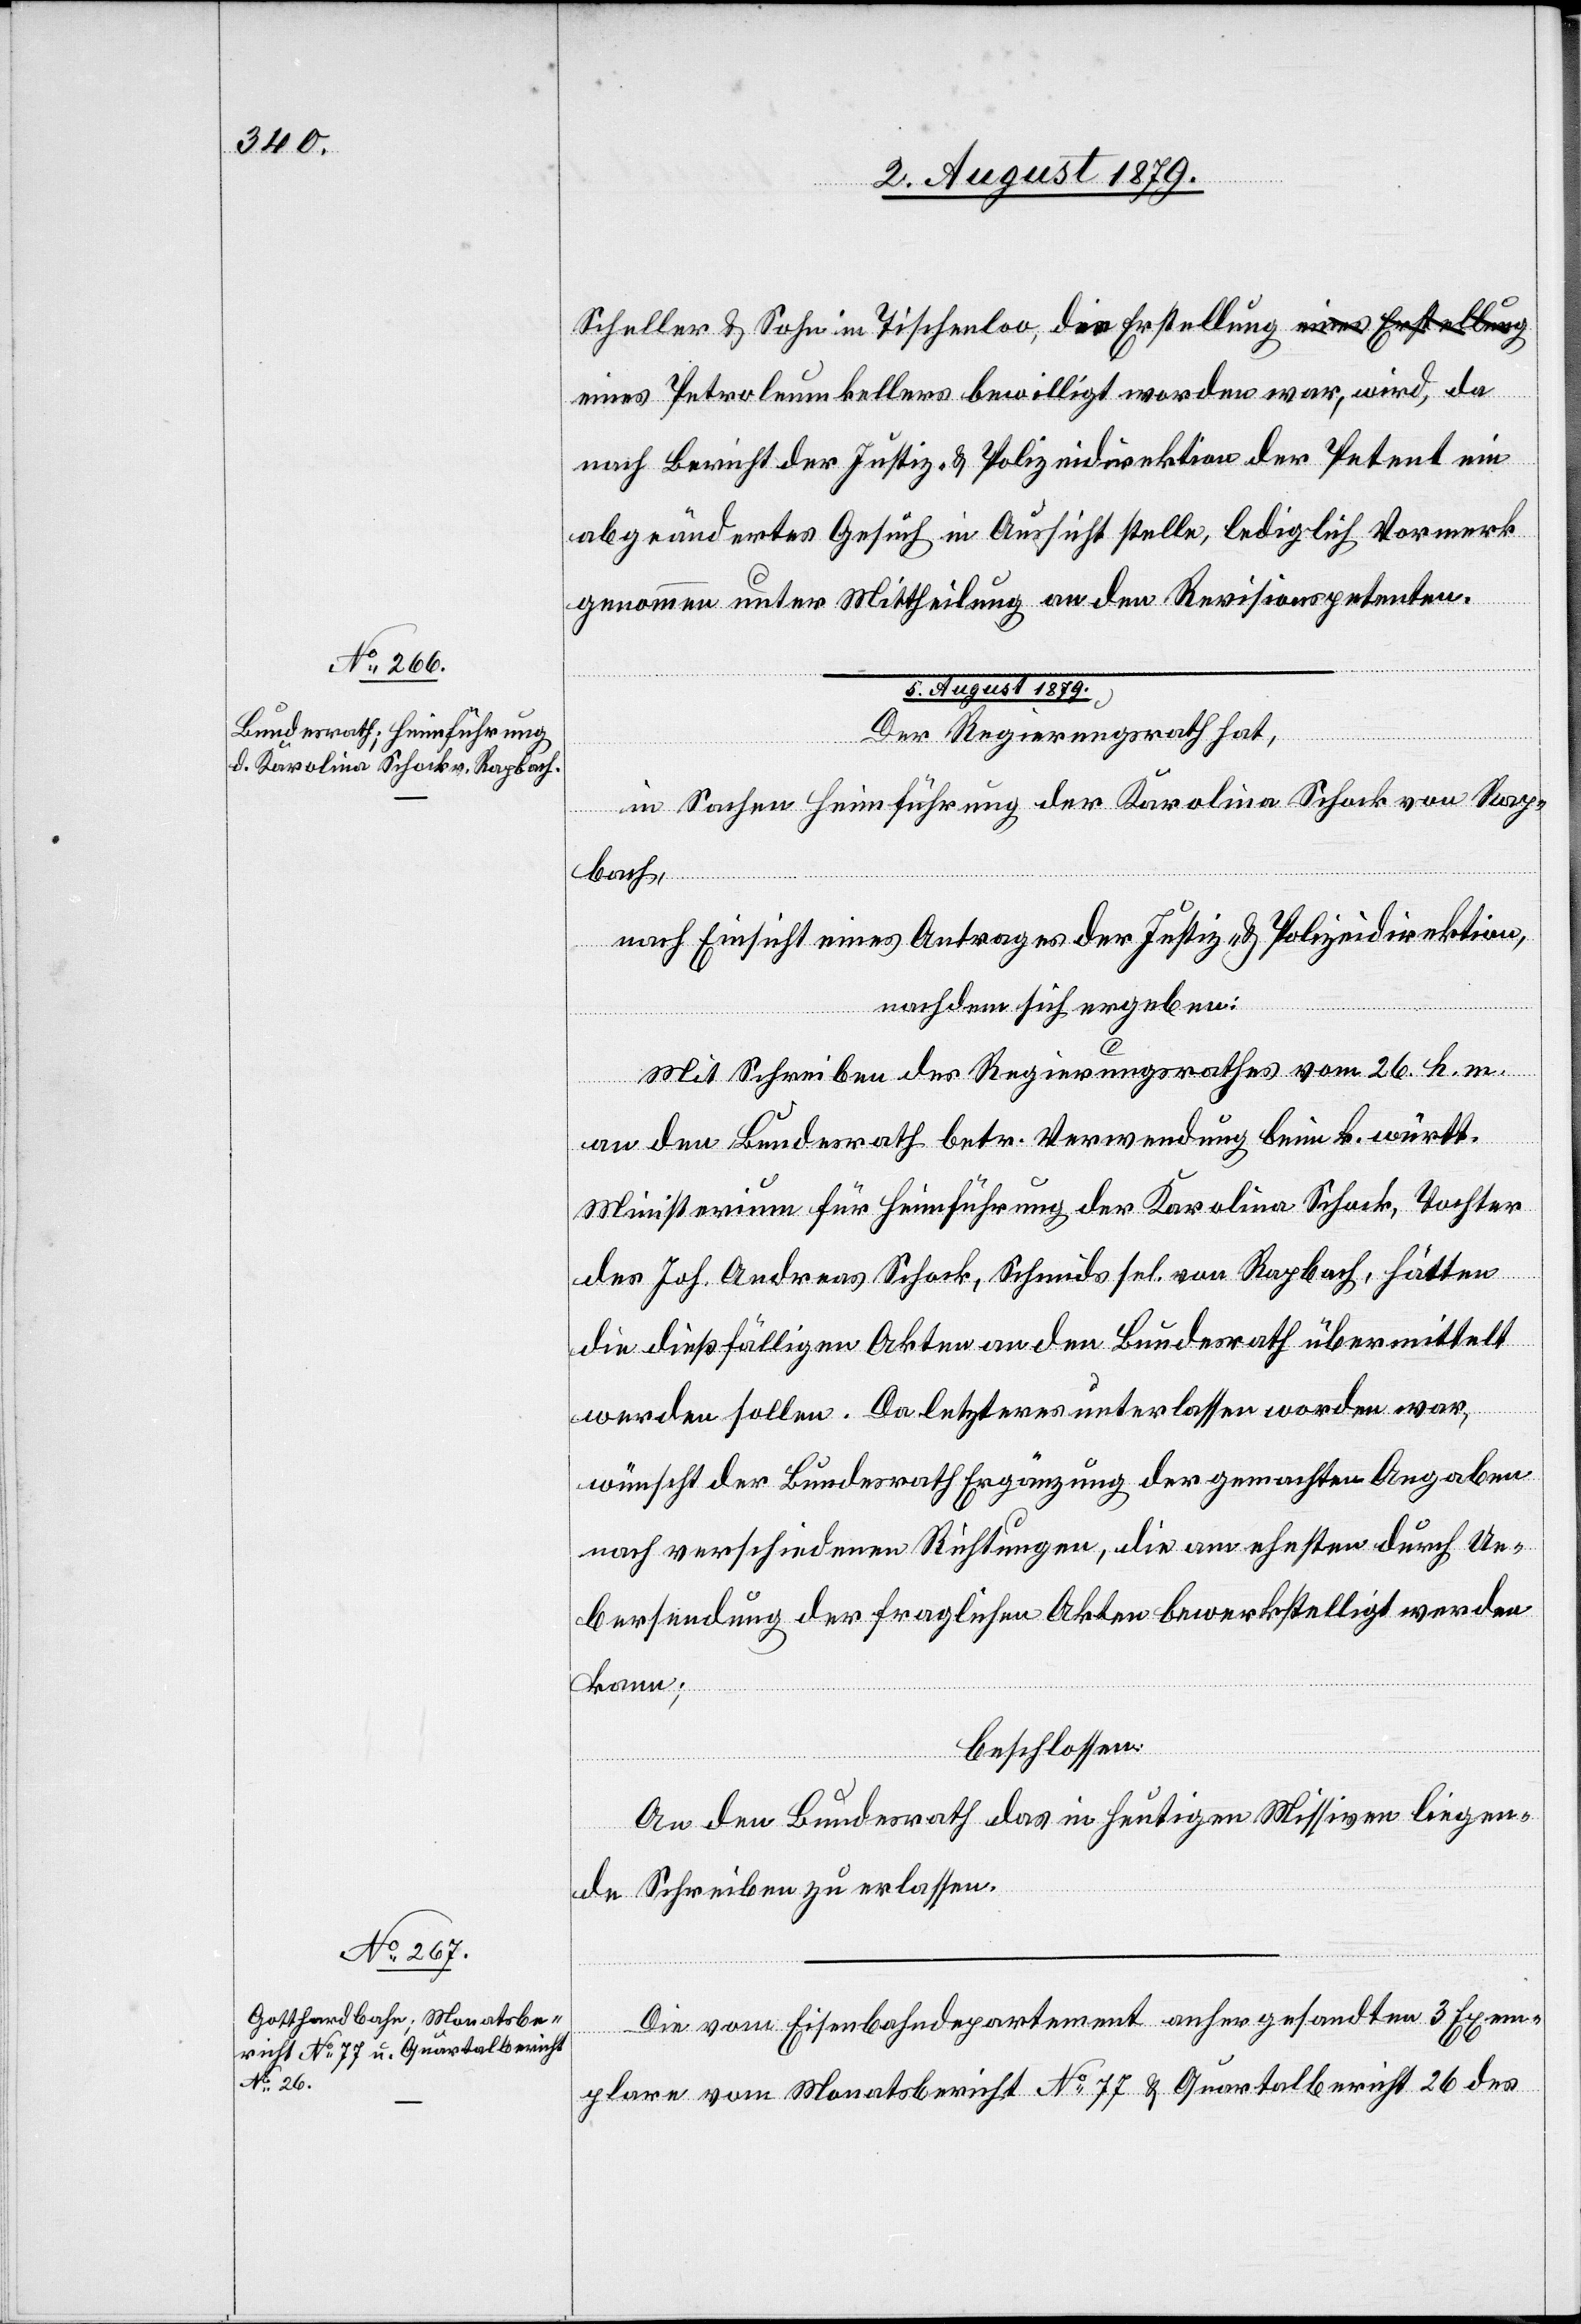
Scheller & Sohn in Tischenloo, die Erstellung eines Petroleu¬
nach Bericht der Justiz- & Polizeidirektion der Petent ein
abgeändertes Gesuch in Aussicht stelle, lediglich Vormerk
genommen unter Mittheilung an den Revisionspetenten.
5. August 1879.]
Der Regierungsrath hat,
in Sachen Heimführung der Karolina Schock von Rap¬
bach,
nach Einsicht eines Antrages der Justiz- & Polizeidirektion,
nachdem sich ergeben:
Mit Schreiben des Regierungsrathes vom 26. h. m.
an den Bundesrath betr. Verwendung beim k. württ.
Ministerium für Heimführung der Karolina Schock, Tochter
des Joh. Andreas Schock, Schmids sel. von Rapbach, hätten
die dießfälligen Akten an den Bundesrath übermittelt
werden sollen. Da letzteres unterlassen worden war,
wünscht der Bundesrath Ergänzung der gemachten Angaben
nach verschiedenen Richtungen, die am ehesten durch Ue¬
bersendung der fraglichen Akten bewerkstelligt werden
da
kann;
beschlossen:
An den Bundesrath das in heutigen Missiven liegen¬
de Schreiben zu erlassen.
Die vom Eisenbahndepartement anher gesandten 3 Exem¬
plare vom Monatsbericht No 77 & Quartalbericht 26 des